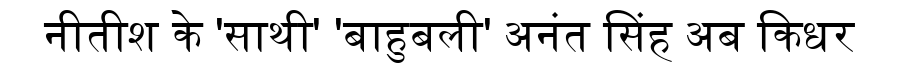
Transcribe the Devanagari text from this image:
नीतीश के 'साथी' 'बाहुबली' अनंत सिंह अब किधर